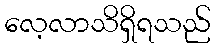
လေ့လာသိရှိရသည်